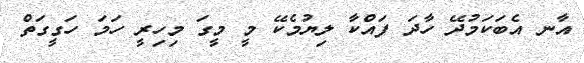
އާނ އެބަކަމުދޭ ހާދަ ފައްކާ ލިޔުމެކޭ މީ މީގަ މިހިރީ ހަމަ ހަގީގަތް